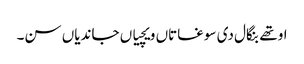
اوتھے بنگال دی سوغاتاں ویچیاں جاندیاں سن۔